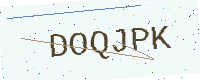
Text: DOQJPK